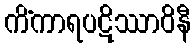
ကိံကာရပဋိဿာဝိနီ